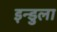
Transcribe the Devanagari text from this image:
इन्डुला